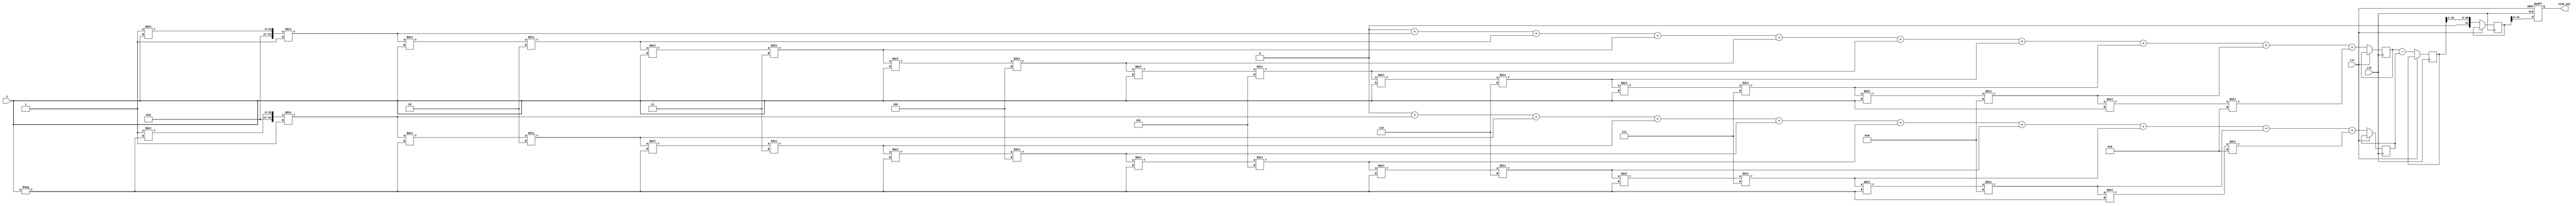
module sinh_arithmetic_block (
    input wire clk,
    input wire rst,
    input wire [15:0] x, // Fixed-point input (e.g., 16-bit)
    output reg [15:0] sinh_out // Fixed-point output (e.g., 16-bit)
);

    // Internal signals
    reg [31:0] exp_x; // To hold e^x
    reg [31:0] exp_neg_x; // To hold e^(-x)
    reg [31:0] exp_diff; // To hold e^x - e^(-x)
    reg [31:0] result; // To hold the final result

    // Exponentiation using Taylor series approximation
    function [31:0] exp_taylor;
        input [15:0] x;
        reg [31:0] term;
        reg [31:0] sum;
        integer i;
        begin
            sum = 32'h00000000;
            term = 32'h00000001; // First term: 1
            for (i = 1; i < 10; i = i + 1) begin // 10 terms for approximation
                term = (term * x) / i; // Calculate x^i / i!
                sum = sum + term; // Add to sum
            end
            exp_taylor = sum;
        end
    endfunction

    // Main process
    always @(posedge clk or posedge rst) begin
        if (rst) begin
            sinh_out <= 16'h0000;
        end else begin
            // Calculate e^x and e^(-x)
            exp_x <= exp_taylor(x);
            exp_neg_x <= exp_taylor(-x);
            
            // Calculate e^x - e^(-x)
            exp_diff <= exp_x - exp_neg_x;
            
            // Calculate sinh(x) = (e^x - e^(-x)) / 2
            result <= exp_diff >> 1; // Division by 2 using right shift
            
            // Assign result to output
            sinh_out <= result[15:0]; // Output lower 16 bits
        end
    end

endmodule